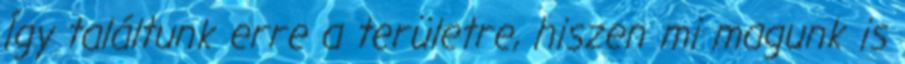
Így találtunk erre a területre, hiszen mi magunk is